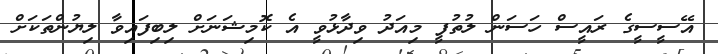
އޭސީސީގެ ރައީސް ހަސަން ލުތުފީ މިއަދު ވިދާޅުވީ އެ ކޮމިޝަނަށް ލިބިފައިވާ ލިޔުންތަކަށް